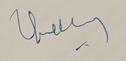
Signature authenticity: genuine